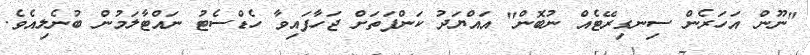
"ނޫން އަހަރެން ސިނގިރޭޓެއް ނުބޮން" އައްޔަދު ކަންފަތަށް ޖަހާފައިވާ ހެޑްސެޓު ނައްޓާލަމުން ބުނެލިއެވެ.